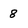
Character: 8